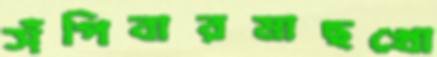
সঁপিবারমাছখো